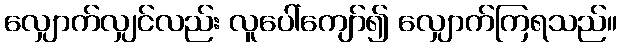
လျှောက်လျှင်လည်း လူပေါ်ကျော်၍ လျှောက်ကြရသည်။